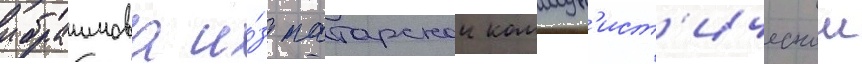
ибраимова и́з татарскои коммун'ист'ическои